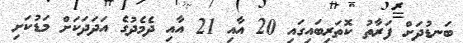
ބަނޑުދަށް ފަރާތު ކޮތަރިބައިގައި 20 އާއި 21 އާއި ދެމެދުގެ އަދަދަކަށް މަޑުކަށި